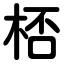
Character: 桮